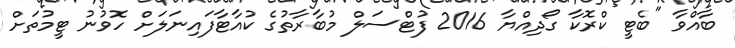
ބާއްވާ "ބެޓީ ކްރޮކާ ގޯދިއްޔާ 2016 ފުޓްސަލް މުބާރާތުގެ ކުއާޓާފައިނަލަށް ހޮވުނު ޓީމުތަށް